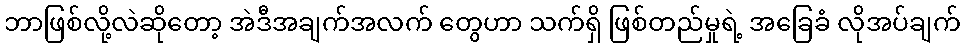
ဘာဖြစ်လို့လဲဆိုတော့ အဲဒီအချက်အလက် တွေဟာ သက်ရှိ ဖြစ်တည်မှုရဲ့ အခြေခံ လိုအပ်ချက်